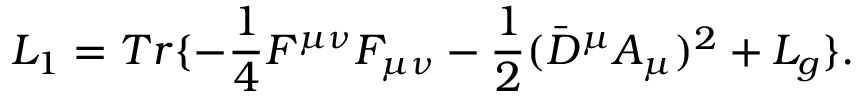
L _ { 1 } = T r \{ - \frac { 1 } { 4 } F ^ { \mu \nu } F _ { \mu \nu } - \frac { 1 } { 2 } ( \bar { D } ^ { \mu } A _ { \mu } ) ^ { 2 } + L _ { g } \} .